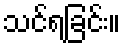
သင်ရခြင်း။